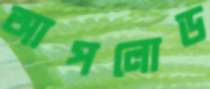
আপলোড